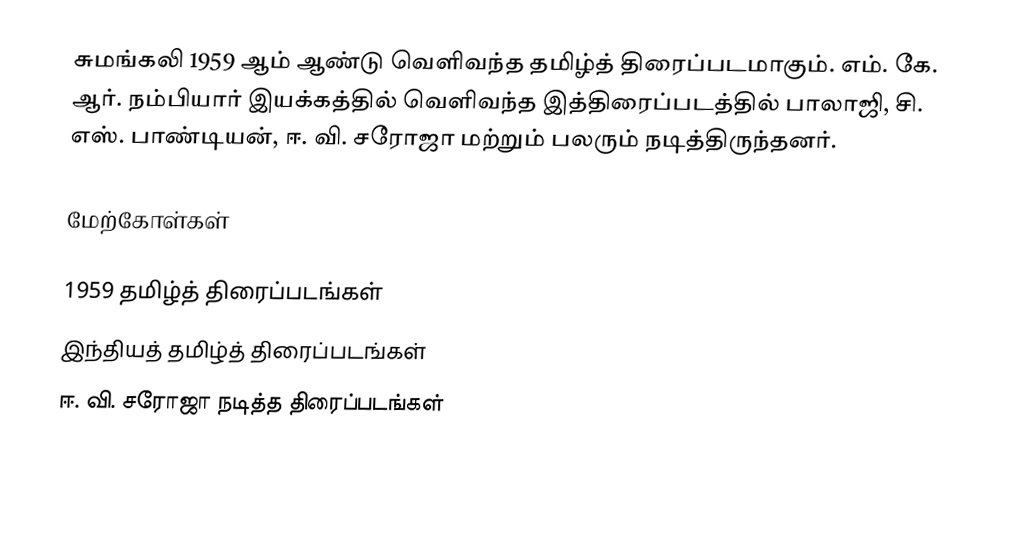
சுமங்கலி 1959 ஆம் ஆண்டு வெளிவந்த தமிழ்த் திரைப்படமாகும். எம். கே. ஆர். நம்பியார் இயக்கத்தில் வெளிவந்த இத்திரைப்படத்தில் பாலாஜி, சி. எஸ். பாண்டியன், ஈ. வி. சரோஜா மற்றும் பலரும் நடித்திருந்தனர்.

மேற்கோள்கள்

1959 தமிழ்த் திரைப்படங்கள்
இந்தியத் தமிழ்த் திரைப்படங்கள்
ஈ. வி. சரோஜா நடித்த திரைப்படங்கள்